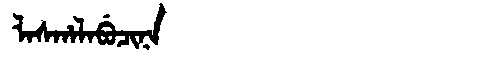
Manchu: ᠯᠠᠰᡥᠠᠯᠠᠪᡠᠴᡳᠨᠠ
Romanization: LASHALABUCINA